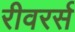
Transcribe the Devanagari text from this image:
रीवरर्स